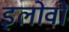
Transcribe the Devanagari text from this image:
इलोवो